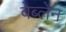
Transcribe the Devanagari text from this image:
वेब्लेन